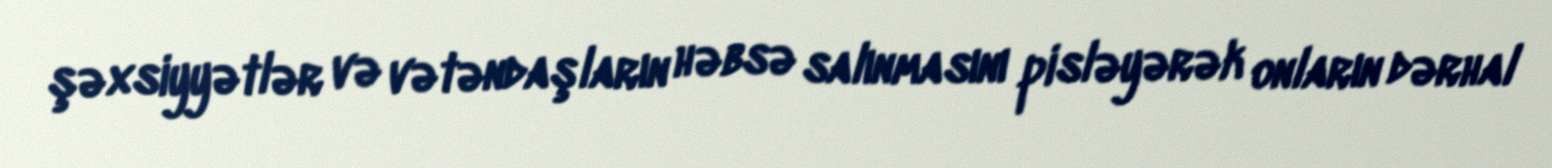
şəxsiyyətlər və vətəndaşların həbsə salınmasını pisləyərək onların dərhal